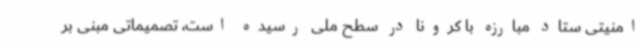
امنیتی ستاد مبارزه با کرونا در سطح ملی رسیده است، تصمیماتی مبنی بر